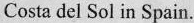
Costa del Sol in Spain.